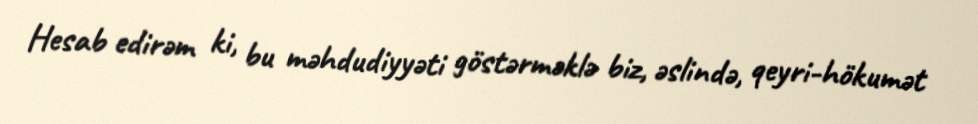
Hesab edirəm ki, bu məhdudiyyəti göstərməklə biz, əslində, qeyri-hökumət